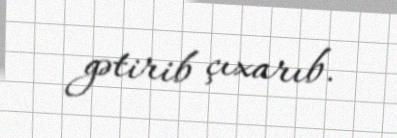
gətirib çıxarıb.